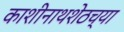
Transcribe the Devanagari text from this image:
काशीनाथशेठच्या